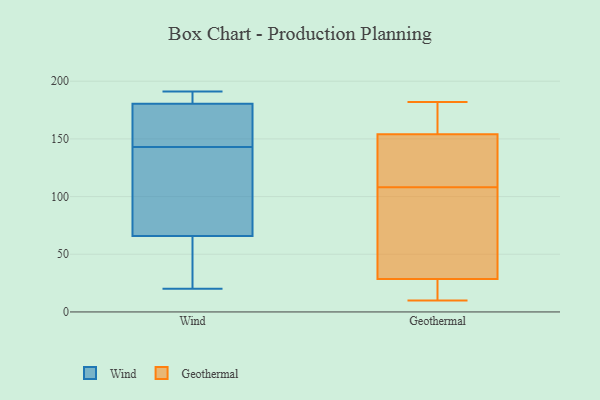
{"axis": {"x": "Temperature (°C)", "y": "Value"}, "legend": ["Geothermal", "Wind"], "data": [{"x": "", "y": 35, "type": "Wind"}, {"x": "", "y": 160, "type": "Wind"}, {"x": "", "y": 191, "type": "Wind"}, {"x": "", "y": 145, "type": "Wind"}, {"x": "", "y": 185, "type": "Wind"}, {"x": "", "y": 84, "type": "Wind"}, {"x": "", "y": 151, "type": "Wind"}, {"x": "", "y": 143, "type": "Wind"}, {"x": "", "y": 20, "type": "Wind"}, {"x": "", "y": 110, "type": "Wind"}, {"x": "", "y": 109, "type": "Wind"}, {"x": "", "y": 22, "type": "Wind"}, {"x": "", "y": 187, "type": "Wind"}, {"x": "", "y": 176, "type": "Wind"}, {"x": "", "y": 83, "type": "Wind"}, {"x": "", "y": 189, "type": "Wind"}, {"x": "", "y": 38, "type": "Wind"}, {"x": "", "y": 60, "type": "Wind"}, {"x": "", "y": 182, "type": "Wind"}, {"x": "", "y": 36, "type": "Geothermal"}, {"x": "", "y": 15, "type": "Geothermal"}, {"x": "", "y": 33, "type": "Geothermal"}, {"x": "", "y": 27, "type": "Geothermal"}, {"x": "", "y": 182, "type": "Geothermal"}, {"x": "", "y": 121, "type": "Geothermal"}, {"x": "", "y": 108, "type": "Geothermal"}, {"x": "", "y": 19, "type": "Geothermal"}, {"x": "", "y": 173, "type": "Geothermal"}, {"x": "", "y": 10, "type": "Geothermal"}, {"x": "", "y": 166, "type": "Geothermal"}, {"x": "", "y": 155, "type": "Geothermal"}, {"x": "", "y": 151, "type": "Geothermal"}, {"x": "", "y": 113, "type": "Geothermal"}, {"x": "", "y": 91, "type": "Geothermal"}]}